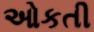
ઓકતી